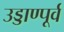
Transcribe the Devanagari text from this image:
उड्डाण्पूर्व